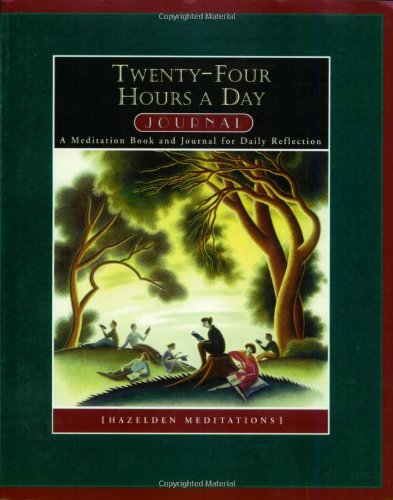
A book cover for Twenty Four Hours a Day Journal: A Meditation Book and Journal for Daily Reflection (Hazelden Meditations); Richmond Walker; Health, Fitness & Dieting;